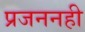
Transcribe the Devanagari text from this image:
प्रजननही